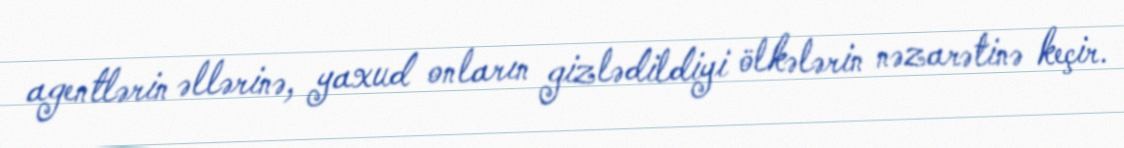
agentlərin əllərinə, yaxud onların gizlədildiyi ölkələrin nəzarətinə keçir.